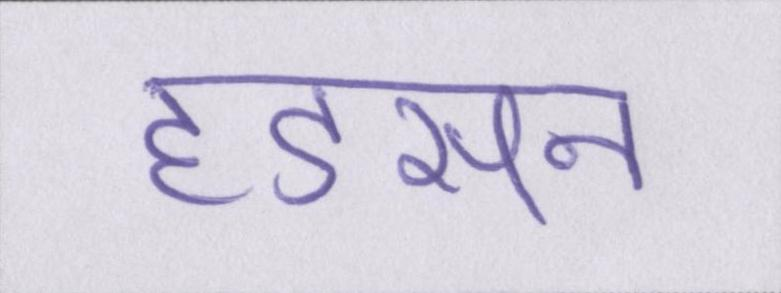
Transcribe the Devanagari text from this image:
हडसन